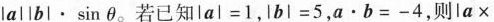
$$|a||b|\cdot \sin\theta$$。若已知$$|a|=1$$，$$lbl=5$$，$$a\cdot b=-4$$，则|a\times